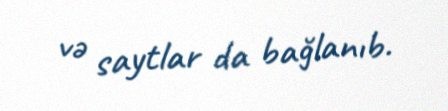
və saytlar da bağlanıb.